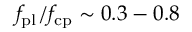
f _ { \mathrm { p l } } / f _ { \mathrm { c p } } \sim 0 . 3 - 0 . 8